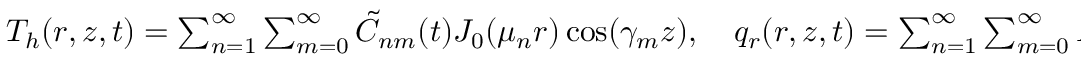
\begin{array} { r } { T _ { h } ( r , z , t ) = \sum _ { n = 1 } ^ { \infty } \sum _ { m = 0 } ^ { \infty } \tilde { C } _ { n m } ( t ) J _ { 0 } ( \mu _ { n } r ) \cos ( \gamma _ { m } z ) , \quad q _ { r } ( r , z , t ) = \sum _ { n = 1 } ^ { \infty } \sum _ { m = 0 } ^ { \infty } \tilde { D } _ { n m } ( t ) J _ { 1 } ( \mu _ { n } r ) \cos ( \gamma _ { m } z ) , } \end{array}